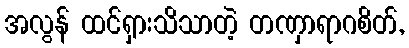
အလွန် ထင်ရှားသိသာတဲ့ တဏှာရာဂစိတ်,